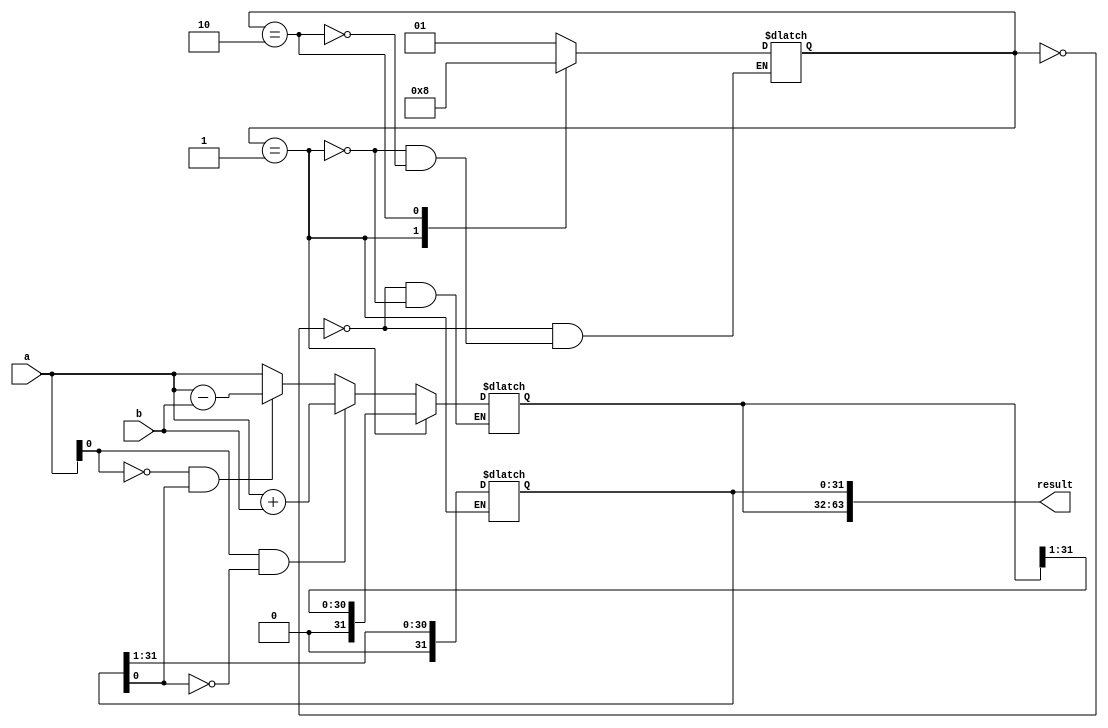
module booth_multiplier (
    input signed [31:0] a,
    input signed [31:0] b,
    output reg signed [63:0] result
);

// Control signals
reg [1:0] state;
reg [31:0] m;
reg [31:0] a_reg;

always @ (a or b) begin
    case (state)
        2'b00: begin
            if (a[0] == 1 && m[0] == 0)
                a_reg = a + b;
            else if (a[0] == 0 && m[0] == 1)
                a_reg = a - b;
            else
                a_reg = a;
            state = 2'b01;
        end
        2'b01: begin
            a_reg = a_reg >> 1;
            m = m >> 1;
            state = 2'b10;
        end
        2'b10: begin
            state = 2'b00;
        end
    endcase
end

// Output
assign result = {a_reg, m};

endmodule